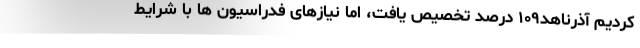
کردیم آذرناهد۱۰۹ درصد تخصیص یافت، اما نیازهای فدراسیون ها با شرایط